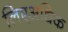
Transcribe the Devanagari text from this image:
लिएअधिक